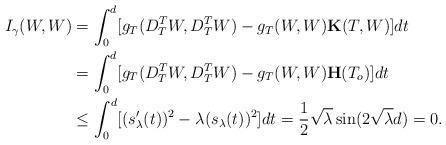
LaTeX: \begin{align*}I_\gamma(W,W)&=\int_0^d[g_T(D_T^TW,D_T^TW)-g_T(W,W)\mathbf{K}(T,W)]dt\\&=\int_0^d[g_T(D_T^TW,D_T^TW)-g_T(W,W)\mathbf{H}(T_o)]dt\\&\leq \int_0^d[(s_\lambda'(t))^2-\lambda(s_\lambda(t))^2]dt=\frac{1}{2}\sqrt{\lambda}\sin(2\sqrt{\lambda}d)=0.\end{align*}